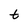
Character: t